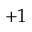
+ 1